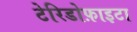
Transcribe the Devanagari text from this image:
टेरिडोफ़ाइटा